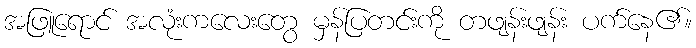
အဖြူရောင် အလုံးကလေးတွေ မှန်ပြတင်းကို တဖျန်းဖျန်း ပက်နေ၏။